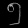
Digit: ၅